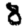
Digit: 8